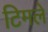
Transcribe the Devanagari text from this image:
टिमले